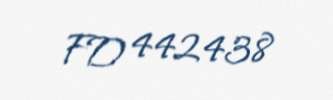
FD 442438